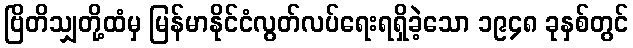
ဗြိတိသျှတို့ထံမှ မြန်မာနိုင်ငံလွတ်လပ်ရေးရရှိခဲ့သော ၁၉၄၈ ခုနှစ်တွင်